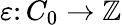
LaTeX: \varepsilon\colon C_{0}\to\mathbb{Z}